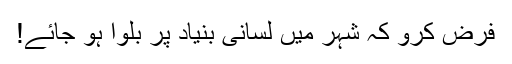
فرض کرو کہ شہر میں لسانی بنیاد پر بلوا ہو جائے!